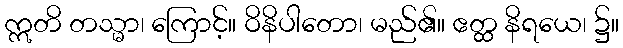
ဣတိ တသ္မာ၊ ကြောင့်။ ဝိနိပါတော၊ မည်၏။ ဧတ္ထ နိရယေ၊ ၌။